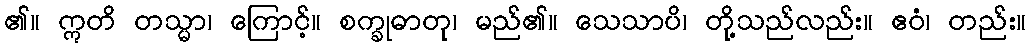
၏။ ဣတိ တသ္မာ၊ ကြောင့်။ စက္ခုဓာတု၊ မည်၏။ သေသာပိ၊ တို့သည်လည်း။ ဧဝံ၊ တည်း။